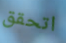
اتحقق